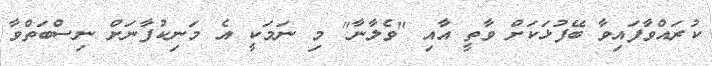
ކުރައްވާފައިވާ ބޭފުޅަކަށް ވާތީ އާއި "ވެލާނާ" މި ނަމަކީ އެ މަނިކުފާނަށް ނިސްބަތްވާ